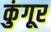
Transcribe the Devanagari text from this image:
कुंगूर